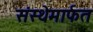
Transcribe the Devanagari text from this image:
संस्‍थेमार्फत